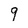
Character: 9